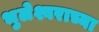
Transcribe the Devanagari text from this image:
भुलेश्वराच्या